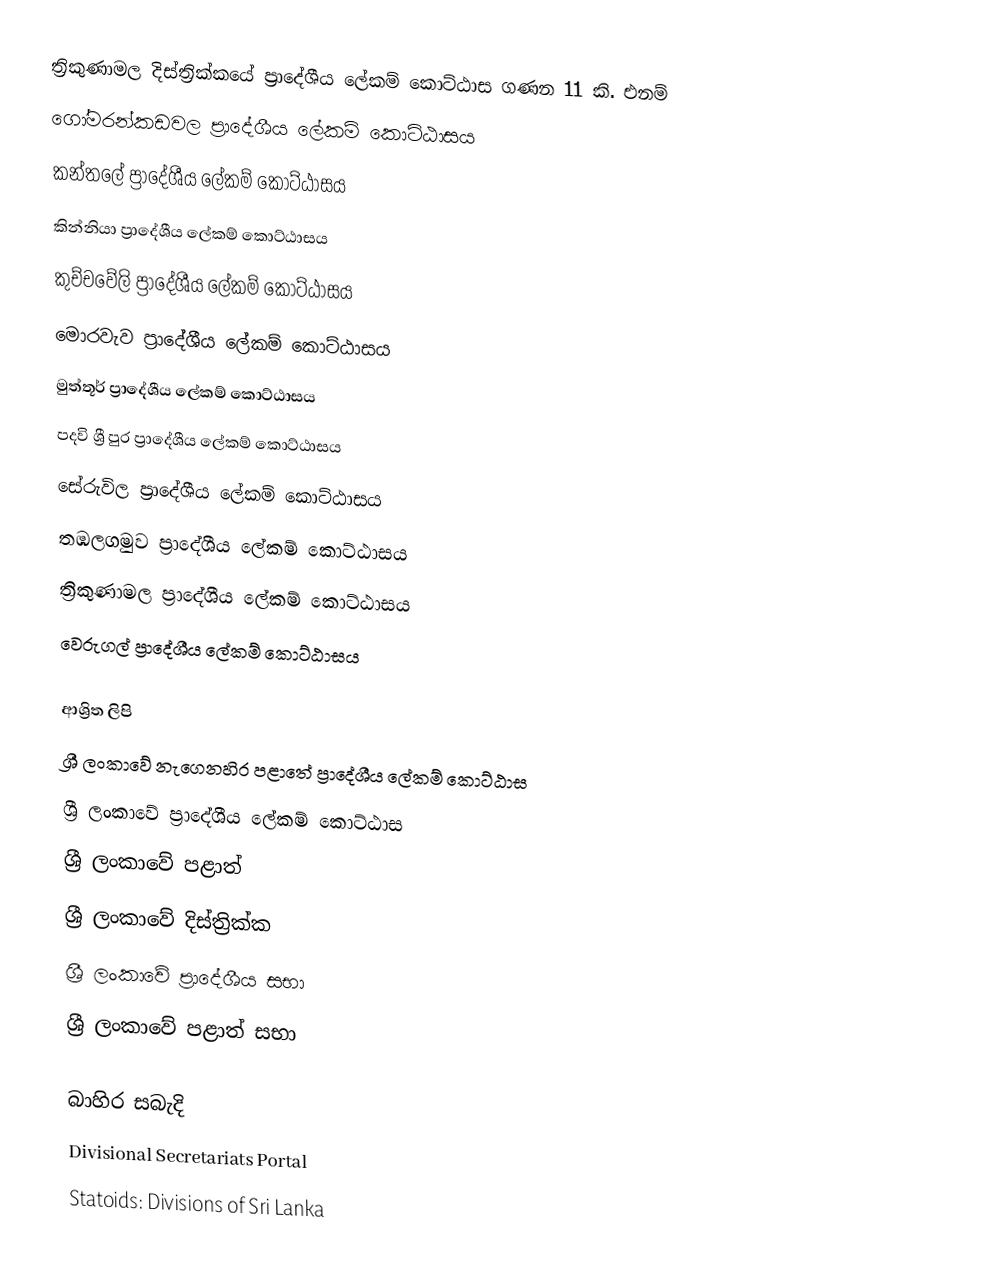
ත්‍රිකුණාමල දිස්ත්‍රික්කයේ ප්‍රාදේශීය ලේකම් කොට්ඨාස ගණන 11 කි. එනම්
 ගෝමරන්කඩවල ප්‍රාදේශීය ලේකම් කොට්ඨාසය
 කන්තලේ ප්‍රාදේශීය ලේකම් කොට්ඨාසය
 කින්නියා ප්‍රාදේශීය ලේකම් කොට්ඨාසය
 කුච්චවේලි ප්‍රාදේශීය ලේකම් කොට්ඨාසය
 මොරවැව ප්‍රාදේශීය ලේකම් කොට්ඨාසය
 මුත්තූර් ප්‍රාදේශීය ලේකම් කොට්ඨාසය
 පදවි ශ්‍රී පුර ප්‍රාදේශීය ලේකම් කොට්ඨාසය
 සේරුවිල ප්‍රාදේශීය ලේකම් කොට්ඨාසය
 තඹලගමුව ප්‍රාදේශීය ලේකම් කොට්ඨාසය
 ත්‍රිකුණාමල ප්‍රාදේශීය ලේකම් කොට්ඨාසය
 වෙරුගල් ප්‍රාදේශීය ලේකම් කොට්ඨාසය

ආශ්‍රිත ලිපි
 ශ්‍රී ලංකාවේ නැගෙනහිර පළාතේ ප්‍රාදේශීය ලේකම් කොට්ඨාස
 ශ්‍රී ලංකාවේ ප්‍රාදේශීය ලේකම් කොට්ඨාස
 ශ්‍රී ලංකාවේ පළාත්
 ශ්‍රී ලංකාවේ දිස්ත්‍රික්ක
 ශ්‍රී ලංකාවේ ප්‍රාදේශීය සභා
 ශ්‍රී ලංකාවේ පළාත් සභා

බාහිර සබැදි
 Divisional Secretariats Portal
 Statoids: Divisions of Sri Lanka